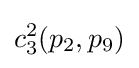
c_{3}^{2}(p_{2},p_{9})